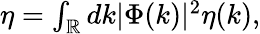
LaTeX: \begin{array}{r}{\eta=\int_{\mathbb{R}}dk|\Phi(k)|^{2}\eta(k),}\end{array}